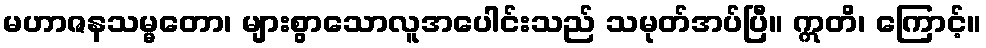
မဟာဇနသမ္မတော၊ များစွာသောလူအပေါင်းသည် သမုတ်အပ်ပြီ။ ဣတိ၊ ကြောင့်။